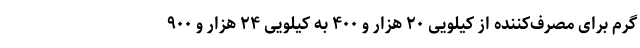
گرم برای مصرف‌کننده از کیلویی ۲۰ هزار و ۴۰۰ به کیلویی ۲۴ هزار و ۹۰۰